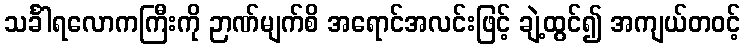
သင်္ခါရလောကကြီးကို ဉာဏ်မျက်စိ အရောင်အလင်းဖြင့် ချဲ့ထွင်၍ အကျယ်တဝင့်